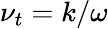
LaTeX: \nu_{t}=k/\omega